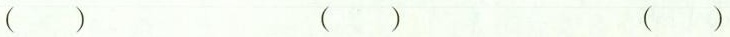
() () ()